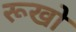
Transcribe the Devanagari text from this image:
रूखो